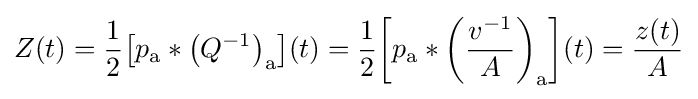
Z(t)={\frac {1}{2}}\!\left[p_{\mathrm {a} }*\left(Q^{-1}\right)_{\mathrm {a} }\right]\!(t)={\frac {1}{2}}\!\left[p_{\mathrm {a} }*\left({\frac {v^{-1}}{A}}\right)_{\mathrm {a} }\right]\!(t)={\frac {z(t)}{A}}